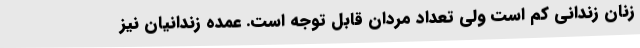
زنان زندانی کم است ولی تعداد مردان قابل توجه است. عمده زندانیان نیز